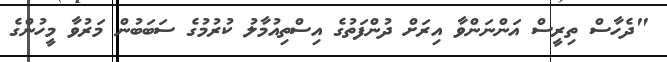
"ދެހާސް ތިރީސް އަންނަންވާ އިރަށް ދުންފަތުގެ އިސްތިއުމާލު ކުރުމުގެ ސަބަބުން މަރުވާ މީހުންގެ